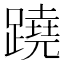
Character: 蹺